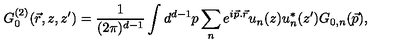
G _ { 0 } ^ { ( 2 ) } ( \vec { r } , z , z ^ { \prime } ) = \frac { 1 } { ( 2 \pi ) ^ { d - 1 } } \int d ^ { d - 1 } p \sum _ { n } e ^ { i \vec { p } . \vec { r } } u _ { n } ( z ) u _ { n } ^ { * } ( z ^ { \prime } ) G _ { 0 , n } ( \vec { p } ) ,